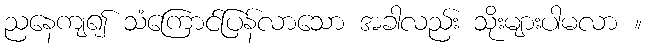
ညနေကျ၍ သံကြောင်ပြန်လာသော အခါလည်း သိုးများပါမလာ ။